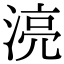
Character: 湸